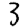
Digit: 3